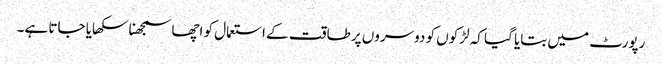
رپورٹ میں بتایا گیا کہ لڑکوں کو دوسروں پر طاقت کے استعمال کو اچھا سمجھنا سکھایا جاتا ہے۔